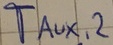
Text: T,Aux,2